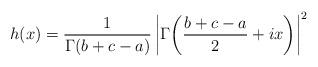
LaTeX: \begin{align*}h(x)=\frac{1}{\Gamma(b+c-a)}\left|\Gamma\!\left(\frac{b+c-a}{2}+ix\right)\right|^{2}\end{align*}